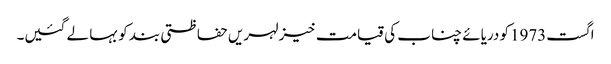
اگست1973کو دریائے چناب کی قیامت خیز لہریں حفاظتی بند کو بہا لے گئیں۔